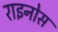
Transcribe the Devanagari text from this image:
राइनोस